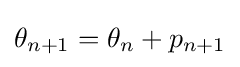
\theta _{n+1}=\theta _{n}+p_{n+1}